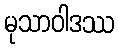
မုသာဝါဒဿ